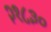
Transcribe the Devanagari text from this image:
२१८३०